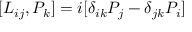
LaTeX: [ L _ { i j } , P _ { k } ] = i [ \delta _ { i k } P _ { j } - \delta _ { j k } P _ { i } ]